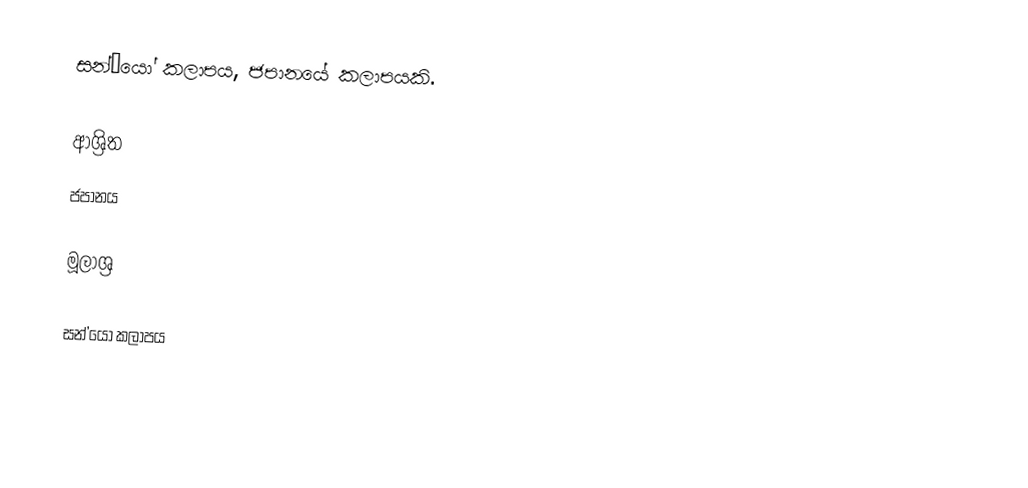
සන්’යෝ කලාපය, ජපානයේ කලාපයකි.

ආශ්‍රිත
 ජපානය

මූලාශ්‍ර

සන්’යෝ කලාපය